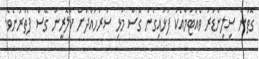
ގޮތުން ސިލިންޑަރު ވެއްޓުމާއެކު ފަޅައިގެން ގޮސް މުޅި ސަރަހައްދަށް ކްލޮރީން ގޭސް ފެތުރުނެވެ.